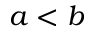
a < b